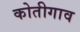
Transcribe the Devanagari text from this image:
कोतीगाव